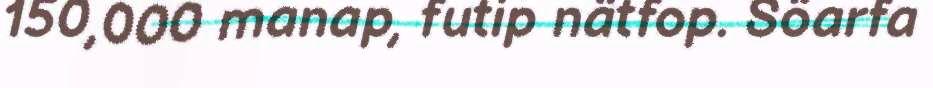
150,000 manap, futip nätfop. Söarfa